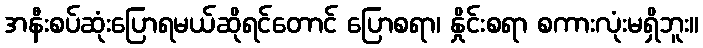
အနီးစပ်ဆုံးပြောရမယ်ဆိုရင်တောင် ပြောစရာ၊ နှိုင်းစရာ စကားလုံးမရှိဘူး။